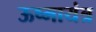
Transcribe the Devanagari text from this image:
ऊष्मायंत्र